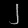
Digit: ၂